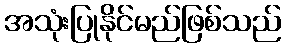
အသုံးပြုနိုင်မည်ဖြစ်သည်